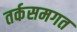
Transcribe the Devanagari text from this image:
तर्कसमगत